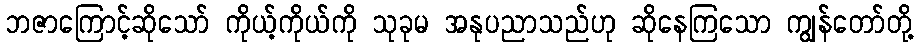
ဘဇာကြောင့်ဆိုသော် ကိုယ့်ကိုယ်ကို သုခုမ အနုပညာသည်ဟု ဆိုနေကြသော ကျွန်တော်တို့